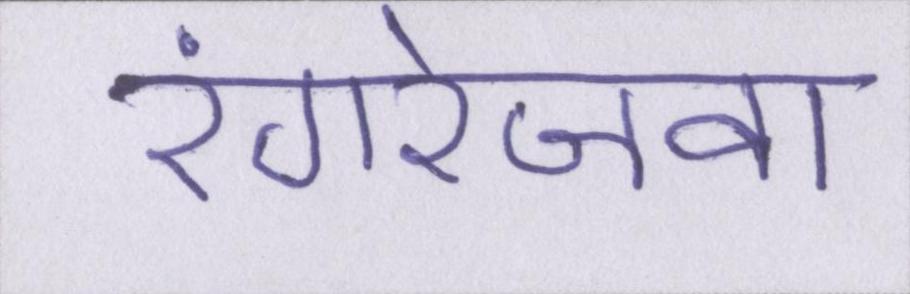
रंगरेजवा